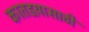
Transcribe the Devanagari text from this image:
कातडय़ासाठी